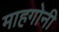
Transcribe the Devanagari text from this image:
माहगोनी